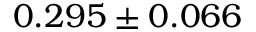
0 . 2 9 5 \pm 0 . 0 6 6